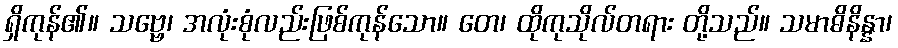
ရှိကုန်၏။ သဗ္ဗေ၊ အလုံးစုံလည်းဖြစ်ကုန်သော။ တေ၊ ထိုကုသိုလ်တရား တို့သည်။ သမာဓိနိန္နာ၊